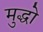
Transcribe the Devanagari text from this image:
मुद्धो